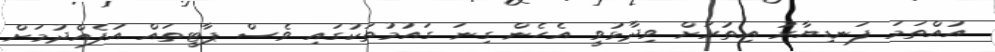
އުއްތަމަ ފަނޑިޔާރު އިތުރަށް ވިދާޅުވީ އެހެން ގިނަ ގައުމުތަކުގައި ވެސް ޕާޓީތައް އުފެއްދުމަށް